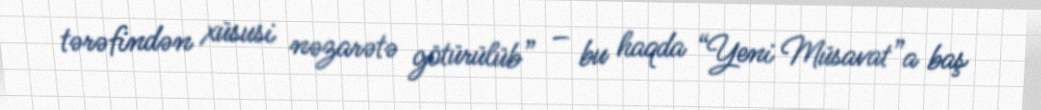
tərəfindən xüsusi nəzarətə götürülüb” – bu haqda “Yeni Müsavat”a baş